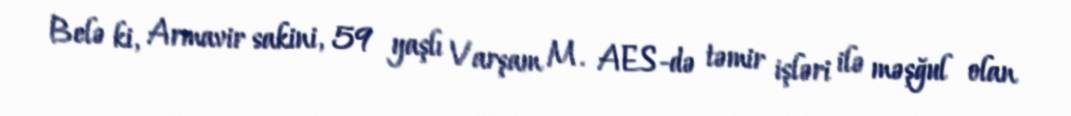
Belə ki, Armavir sakini, 59 yaşlı Varşam M. AES-də təmir işləri ilə məşğul olan